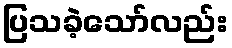
ပြသခဲ့သော်လည်း